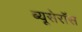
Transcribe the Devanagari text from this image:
ब्यूसेरॉस